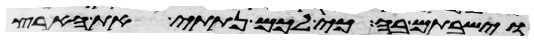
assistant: וישבתם בה כי לכם נתתי את הארץ